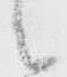
候